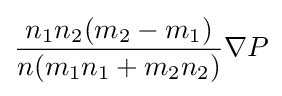
{\frac {n_{1}n_{2}(m_{2}-m_{1})}{n(m_{1}n_{1}+m_{2}n_{2})}}\nabla P